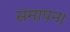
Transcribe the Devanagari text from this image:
समापन।